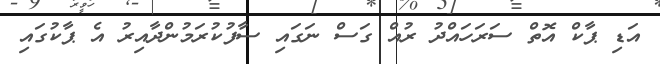
އަޑި ޕާކް އޮތް ސަރަހައްދު ރުއް ގަސް ނަގައި ސާފުކުރަމުންދާއިރު އެ ޕާކުގައި